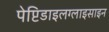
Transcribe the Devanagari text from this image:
पेप्टिडाइलग्लाइसाइन